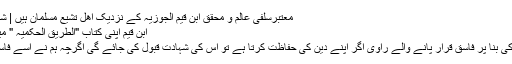
معتبرسلفی عالم و محقق ابن قیم الجوزیہ کے نزدیک اھل تشیع مسلمان ہیں | شیعہ اہل حق ہیں
ابن قیم اپنی کتاب "الطریق الحکمیہ " میں لکھتے ہیں :
" اپنے عقیدے کی بنا پر فاسق قرار پانے والے راوی اگر اپنے دین کی حفاظت کرتا ہے تو اس کی شہادت قبول کی جائے گی اگرچہ ہم نے اسے فاسق قرار دیا ہو ۔